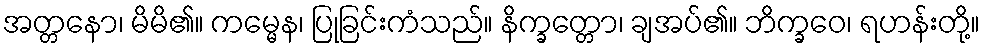
အတ္တနော၊ မိမိ၏။ ကမ္မေန၊ ပြုခြင်းကံသည်။ နိက္ခတ္တော၊ ချအပ်၏။ ဘိက္ခဝေ၊ ရဟန်းတို့။